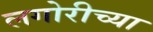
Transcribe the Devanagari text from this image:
लगोरीच्या